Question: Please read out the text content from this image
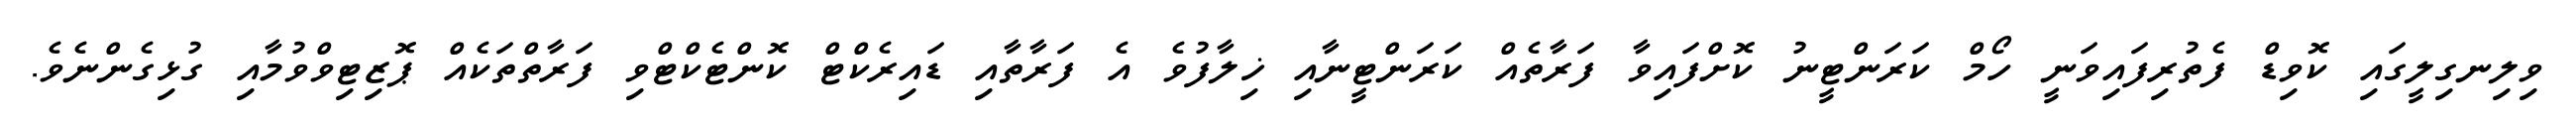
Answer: ވިލިނގިލީގައި ކޮވިޑް ފެތުރިފައިވަނީ ހޯމް ކަރަންޓީނު ކޮށްފައިވާ ފަރާތެއް ކަރަންޓީނާއި ޚިލާފުވެ އެ ފަރާތާއި ޑައިރެކްޓް ކޮންޓެކްޓްވި ފަރާތްތަކެއް ޕޮޒިޓިވްވުމާއި ގުޅިގެންނެވެ.